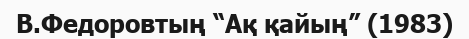
В.Федоровтың “Ақ қайың” (1983)